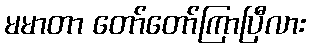
မမာတာ တော်တော်ကြာပြီလား